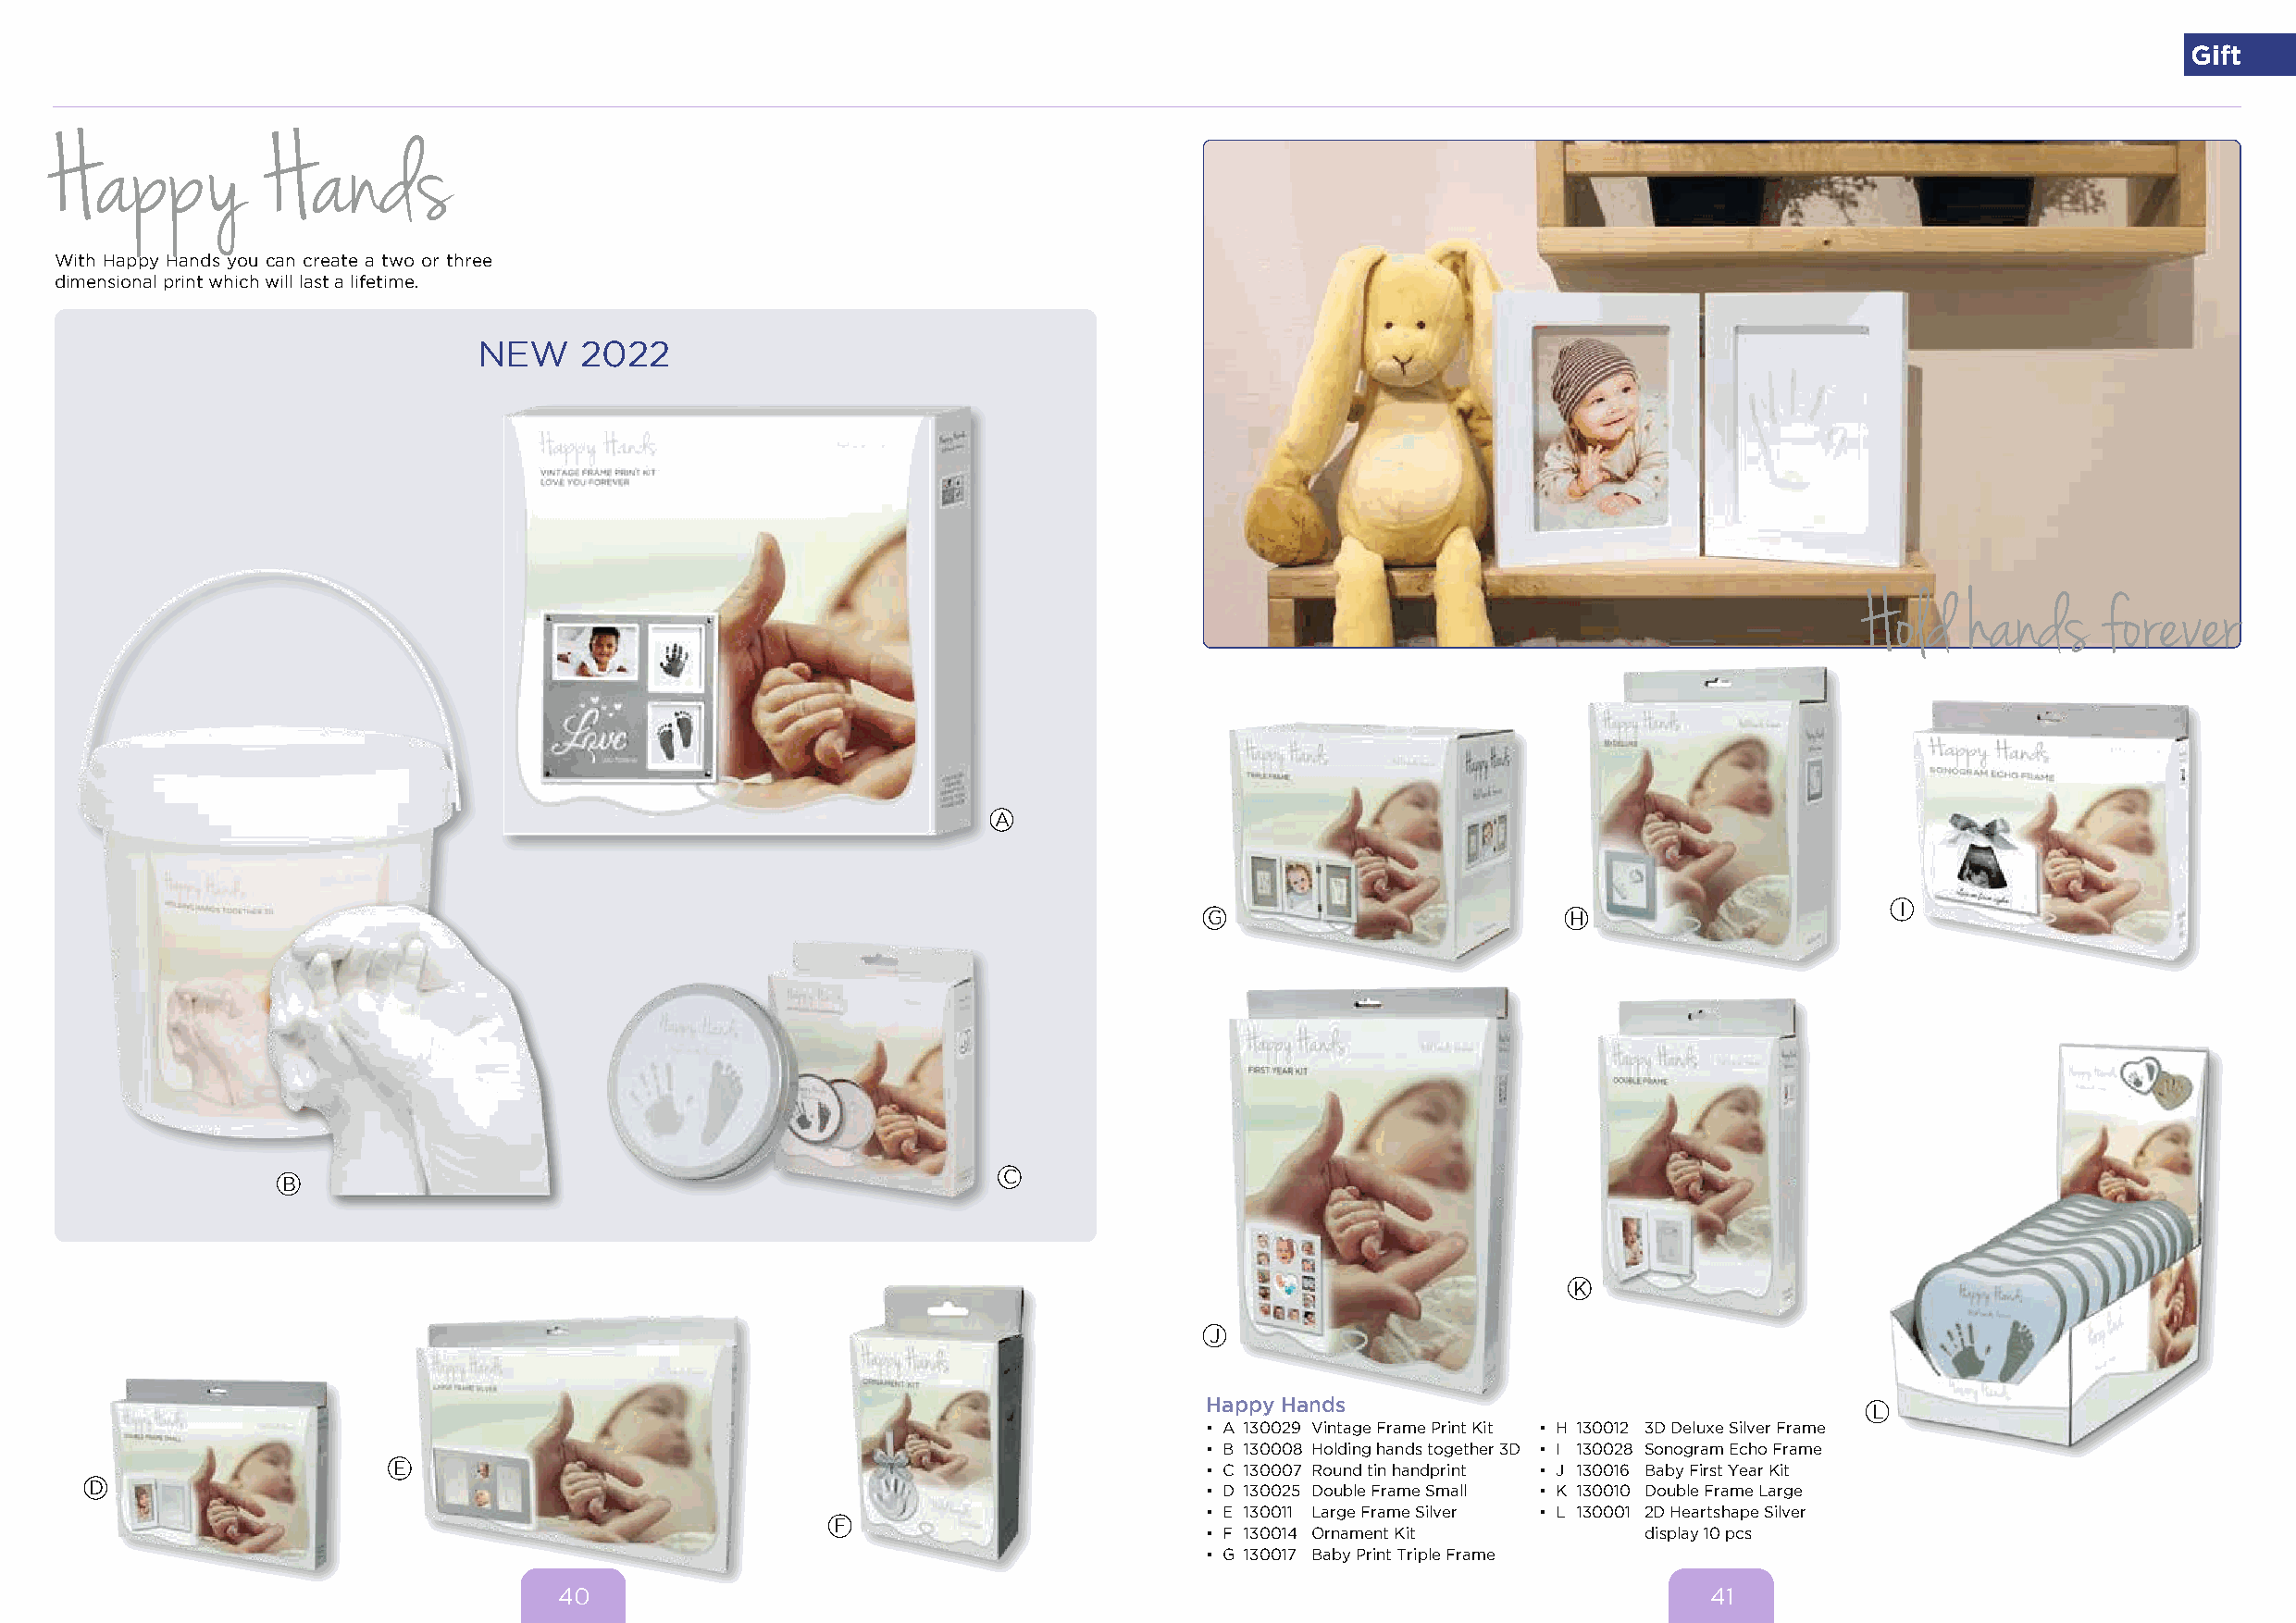
Gift
 With Happy Hands you can create a two or three
 dimensional print which will last a lifetime.
 NEW    2022
 A
 I
 G                         H
 C
 B
 K
 J
 Happy Hands
 L
 • A 130029 Vintage Frame Print Kit • H 130012 3D Deluxe Silver Frame
 • B 130008 Holding hands together 3D • I 130028 Sonogram Echo Frame
 E                                                         • C 130007 Round tin handprint • J 130016 Baby First Year Kit
 D                                                                               • D 130025 Double Frame Small • K 130010 Double Frame Large
 • E 130011 Large Frame Silver • L 130001 2D Heartshape Silver
 F
 • F 130014 Ornament Kit         display 10 pcs
 • G 130017 Baby Print Triple Frame
 40                                                                                41